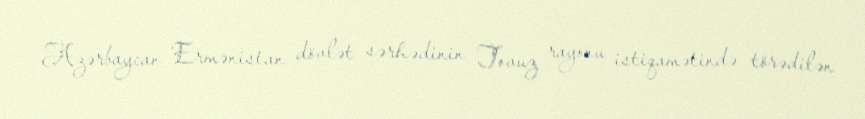
Azərbaycan-Ermənistan dövlət sərhədinin Tovuz rayonu istiqamətində törədilən